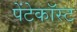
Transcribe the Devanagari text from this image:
पेंटेकॉस्ट